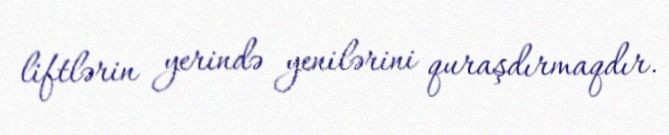
liftlərin yerində yenilərini quraşdırmaqdır.